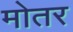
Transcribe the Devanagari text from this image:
मोतर